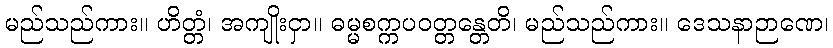
မည်သည်ကား။ ဟိတ္တံ၊ အကျိုးငှာ။ ဓမ္မစက္ကပဝတ္တန္တေတိ၊ မည်သည်ကား။ ဒေသနာဉာဏေ၊